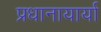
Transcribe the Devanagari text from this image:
प्रधानायार्या